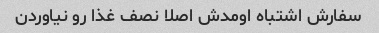
سفارش اشتباه اومدش اصلا نصف غذا رو نیاوردن